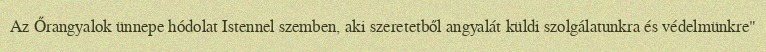
Az Őrangyalok ünnepe hódolat Istennel szemben, aki szeretetből angyalát küldi szolgálatunkra és védelmünkre"